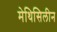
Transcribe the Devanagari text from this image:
मेथिसिलीन